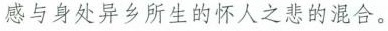
感与身处异乡所生的怀人之悲的混合。